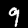
Digit: 9